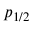
p _ { 1 / 2 }